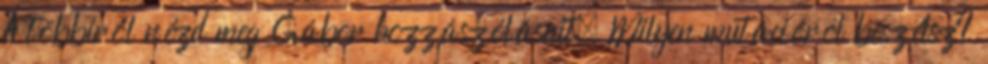
A többiről nézd meg Gábor hozzászólásait. Milyen mutációról beszélsz?